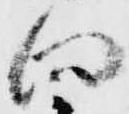
向